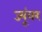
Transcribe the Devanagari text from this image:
ज्यूंवर